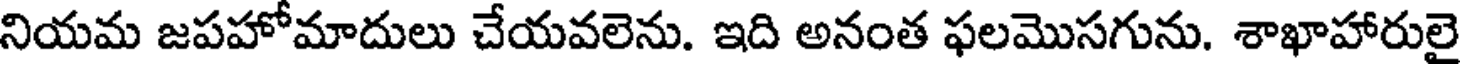
నియమ జపహోమాదులు చేయవలెను. ఇది అనంత ఫలమొసగును. శాఖాహారులై